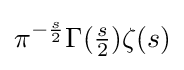
\pi ^{-{\frac {s}{2}}}\Gamma ({\tfrac {s}{2}})\zeta (s)